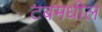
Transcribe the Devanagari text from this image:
टबमधील